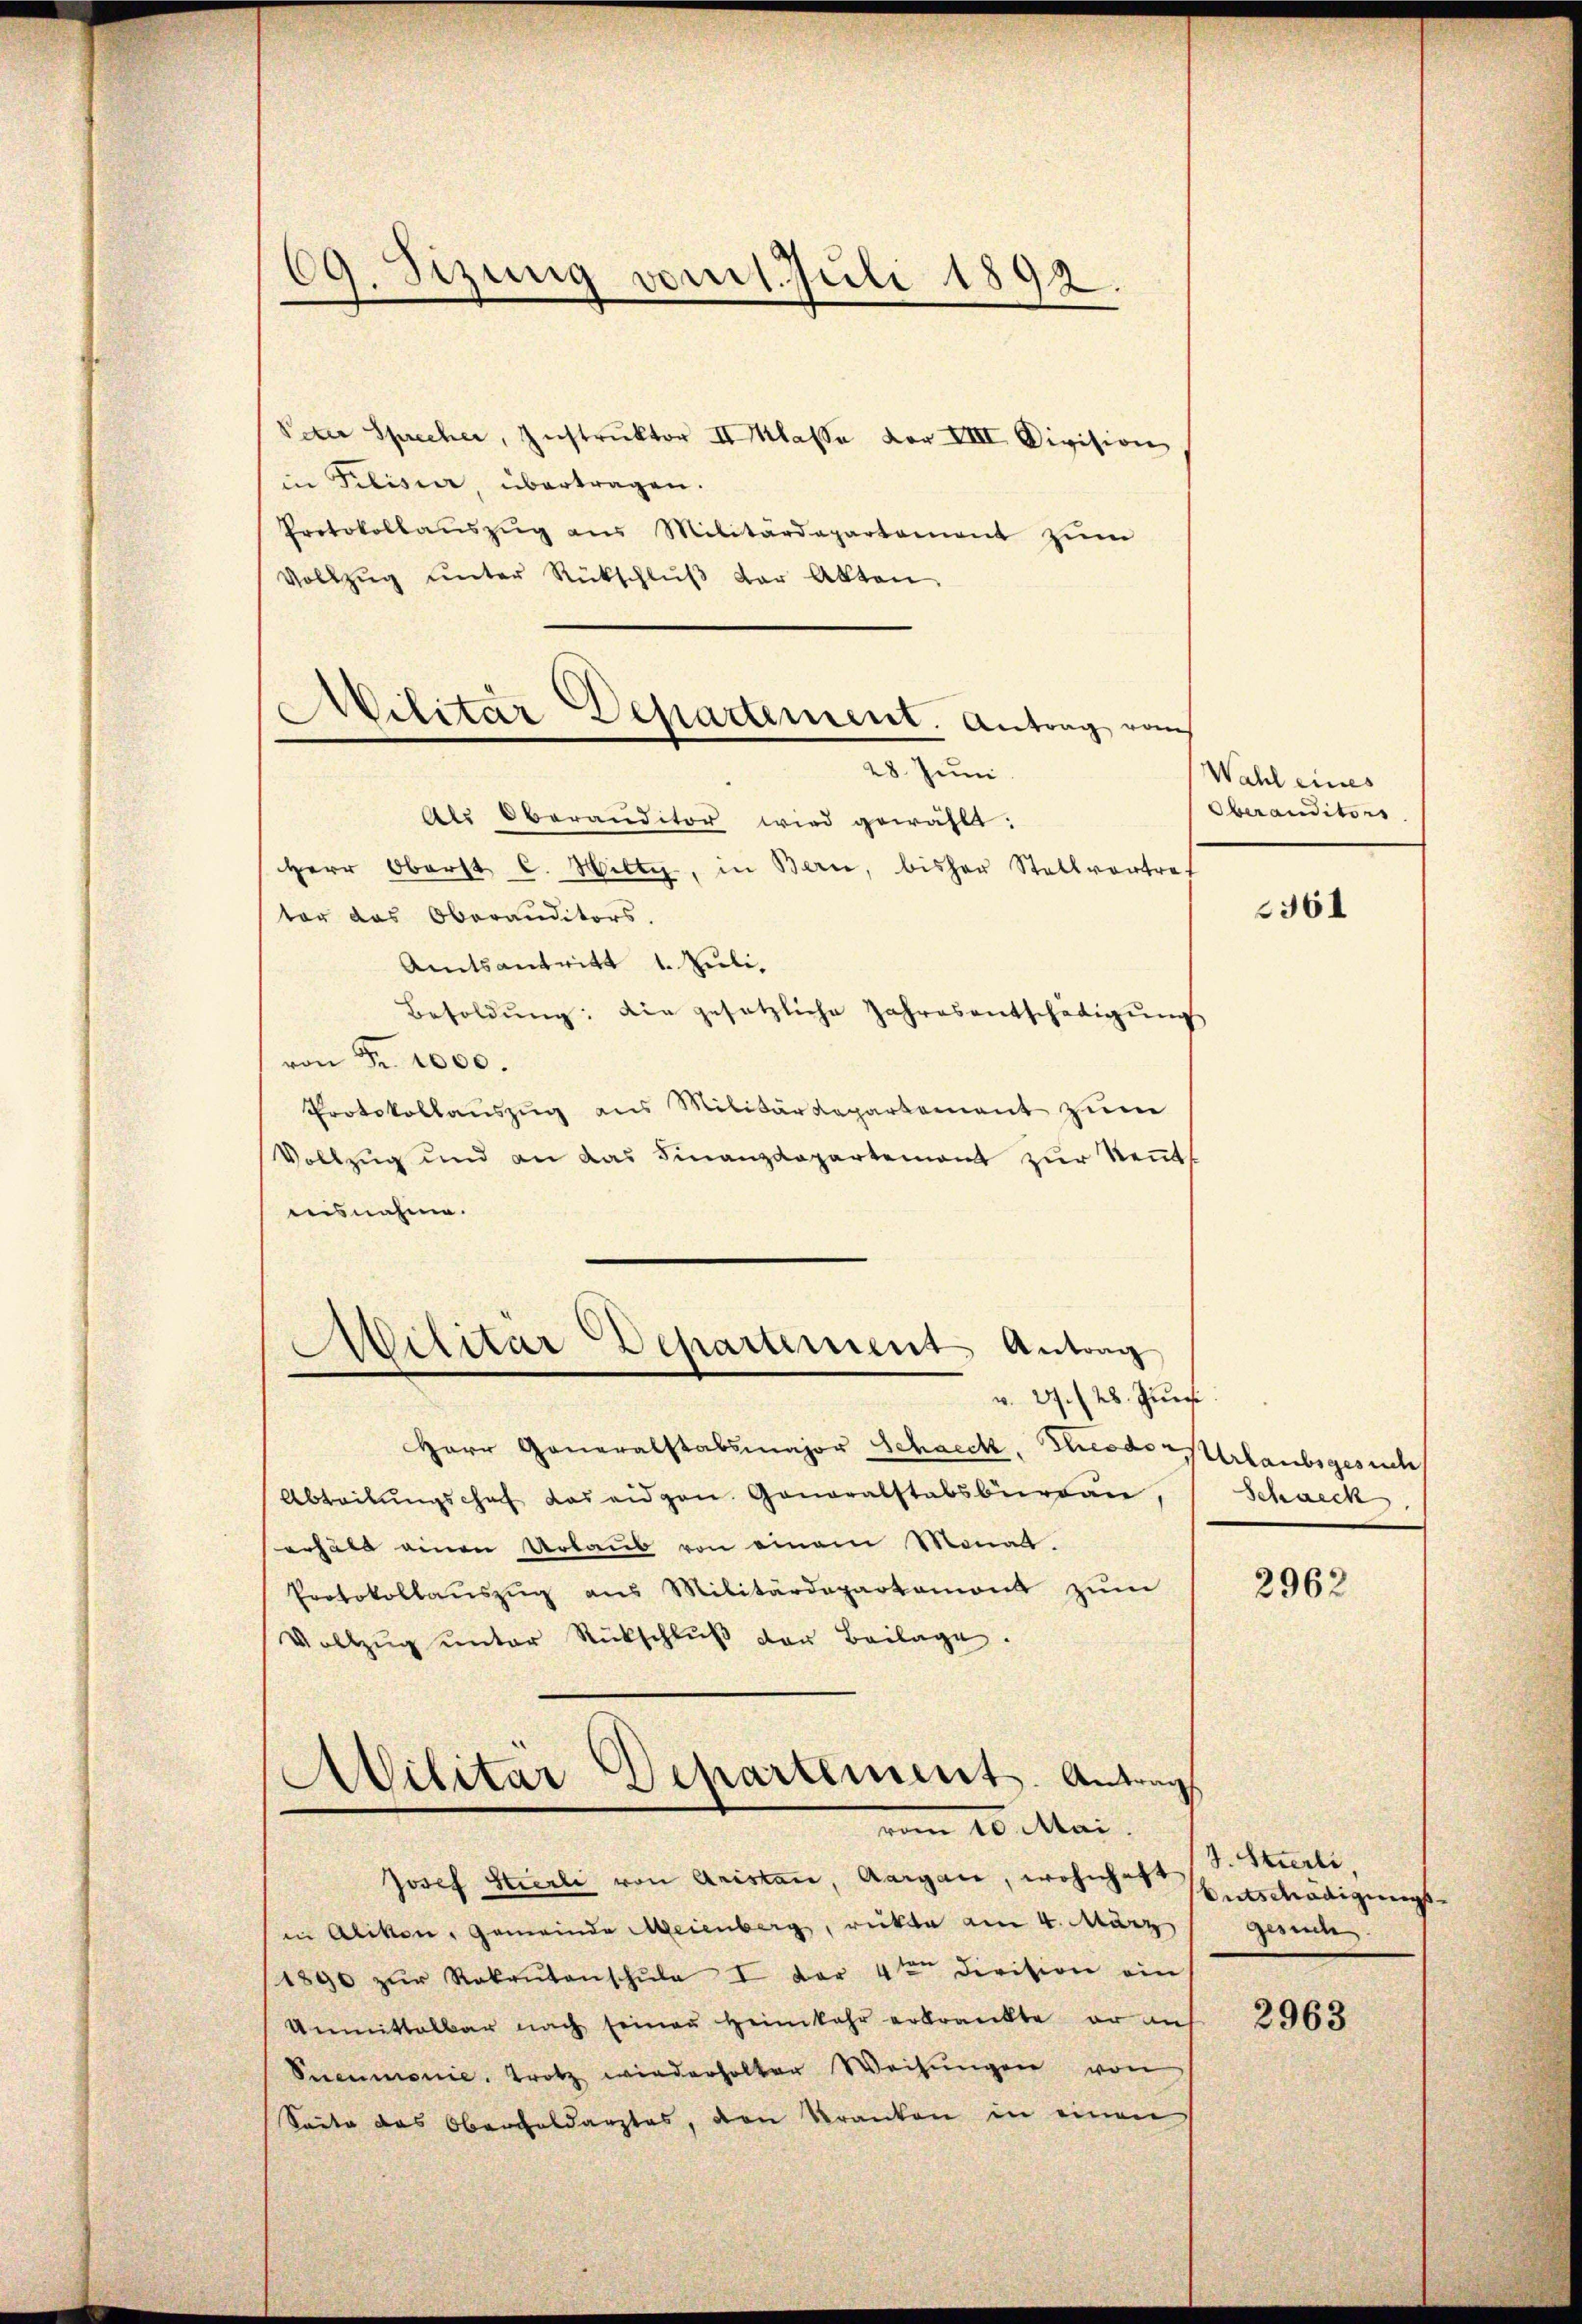
69. Sezung vom 1. Juli 1892.

Veter Sprecher, Instrŭktor II Klasse vor VIII. Division
in Filisier, übertragen.
Protokollaŭszŭg ans Militärdepartement zŭm
Vollzŭg ŭnter Rückschlŭβ der Akten.
Als Oberanditor wird gewählt:
Herr Oberst C. Wilty, in Bern, bisher Stellvortref
ter das Oberanditors.
Amtsantritt 1. Juli,
Besoldŭng: Die gesetzliche Jahresentschädigŭng
von Fr. 1000.
Protokollaŭszŭg ans Militärdepartement zŭm
Vollzug und an das Finanzdepartemont zur Kenntaisnahme.
Militar Departement Antrag
v. 27. 28. Juni
Herr Generalstabsmajor Schneck, Theodor
Abteilŭngschaf das eidgen. Generalstabsburdan
erhält einen Urlaub von einem Monat.
Protokollaŭszŭg ans Militärdepartemont zŭm
Vollzŭg ŭnter Rückschlŭβ der Beilage.
Militar Departement. Antrag
. Mai
Josef Stierli von Aristan, Aargau, wohnhaft
in Alikon, Gemeinde Meienberg, rückte am 4. März
1890 zŭr Rekrŭtanschŭle I der 4ten Division ein
Unmittelbar nach seiner Heimkehr erkrankte, er auf
Pneumonie. Trotz wiederholter Weisŭngen von
Saite das Oberaldarztes, den Kranken in einen

Militar Departement. Antrag vom
28. Juni

Wahl eines
Oberanditors

2361

Urlaubsgesuch
Schneck.

2962

J. Stierli
Antschädigungs
gesuch

2963